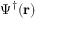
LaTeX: \Psi ^ { \dagger } ( \mathbf { r } )